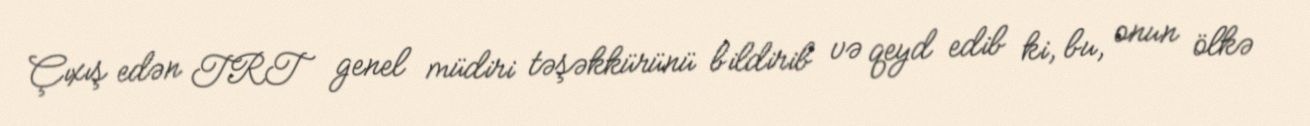
Çıxış edən TRT genel müdiri təşəkkürünü bildirib və qeyd edib ki, bu, onun ölkə